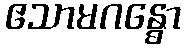
ဧသာမဂန္ဓော